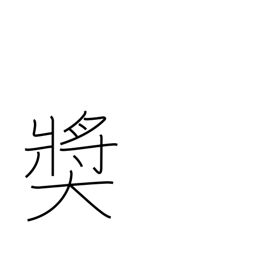
Meaning: give award to